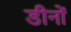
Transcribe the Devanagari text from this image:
डीनों